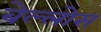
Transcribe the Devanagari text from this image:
बेल्लोस्